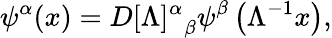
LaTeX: \psi^{\alpha}(x)=D{[\Lambda]^{\alpha}}_{\beta}\psi^{\beta}\left(\Lambda^{-1}x\right),